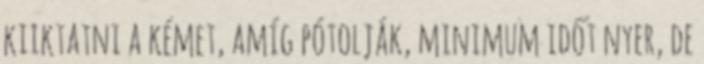
kiiktatni a kémet, amíg pótolják, minimum időt nyer, de